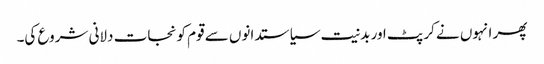
پھر انہوں نے کرپٹ اور بدنیت سیاستدانوں سے قوم کو نجات دلانی شروع کی۔